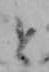
と